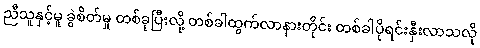
ညီသူနှင့်မူ ခွဲစိတ်မှု တစ်ခုပြီးလို့ တစ်ခါထွက်လာနားတိုင်း တစ်ခါပိုရင်းနှီးလာသလို